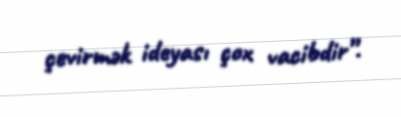
çevirmək ideyası çox vacibdir”.